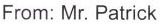
From: Mr. Patrick